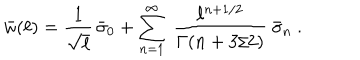
LaTeX: \bar { w } ( \ell ) = { \frac { 1 } { \sqrt { \ell } } } \, \bar { \sigma } _ { 0 } + \sum _ { n = 1 } ^ { \infty } \ { \frac { \ell ^ { n + 1 / 2 } } { \Gamma ( n + 3 / 2 ) } } \ \bar { \sigma } _ { n } \ .